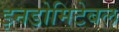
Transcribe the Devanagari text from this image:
इनडोमिटेबल